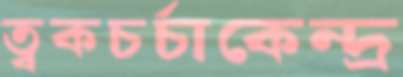
ত্বকচর্চাকেন্দ্র